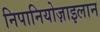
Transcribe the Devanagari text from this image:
निपानियोज़ाइलान